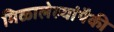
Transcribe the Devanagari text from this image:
मिळालेल्यांपैकी